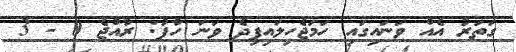
ގަތަރު އެއް ވަނައިގައި ހަަަމަޖެހިލައިފިދެ ވަނަ ހާފު: ރާއްޖެ 0 - 3